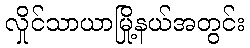
လှိုင်သာယာမြို့နယ်အတွင်း